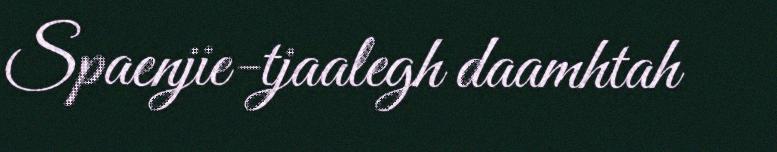
Spaenjie-tjaalegh daamhtah